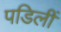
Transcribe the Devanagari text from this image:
पडिलीं